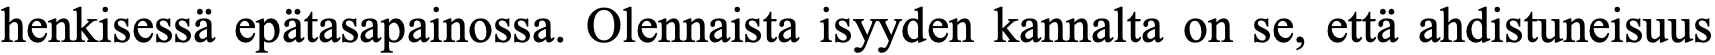
henkisessä epätasapainossa. Olennaista isyyden kannalta on se, että ahdistuneisuus